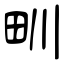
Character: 甽